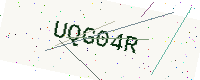
Text: UQG04R